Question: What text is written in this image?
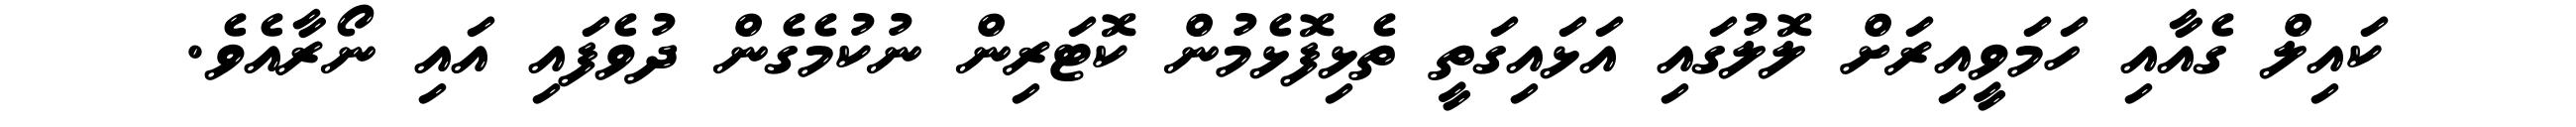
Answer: ކައިލް ގެއާއި ހަމަވީއިރަށް ލޮލުގައި އަޅައިގަތީ ތެޅިފޮޅެމުން ކޮޓަރިން ނުކުމެގެން ދުވެފައި އައި ނޯރާއެވެ.